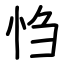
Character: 㤘